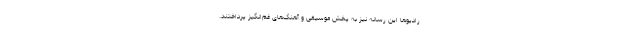
رادیوها این رسانه نیز به پخش موسیقی و آهنگ‌های غم‌انگیز پرداختند.